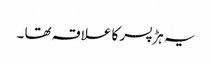
یہ ہڑ پسر کا علاقہ تھا ۔